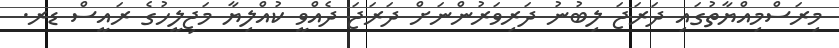
މިރަސްމިއްޔާތުގައި ދަރަޖަ ލިބުނު ދަރިވަރުންނަށް ދަރަޖަ ދެއްވީ ކުއްލިޔާ މަޖިލީހުގެ ރައީސް ޑރ.